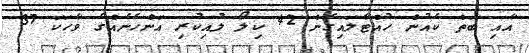
އާއި ބަތް ކެއުން ހުއްޓާލައިގެން 42 ކިލޯ ލުއިކުރި އަންހެނެއްގެ ވާހަކަ 37